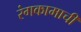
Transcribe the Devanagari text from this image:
रंगकामाची